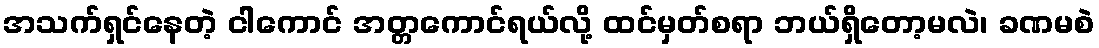
အသက်ရှင်နေတဲ့ ငါကောင် အတ္တကောင်ရယ်လို့ ထင်မှတ်စရာ ဘယ်ရှိတော့မလဲ၊ ခဏမစဲ